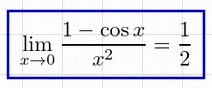
\lim_{x\to0}\frac{1-\cos x}{x^2}=\frac12